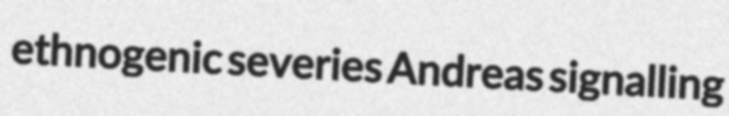
ethnogenic severies Andreas signalling